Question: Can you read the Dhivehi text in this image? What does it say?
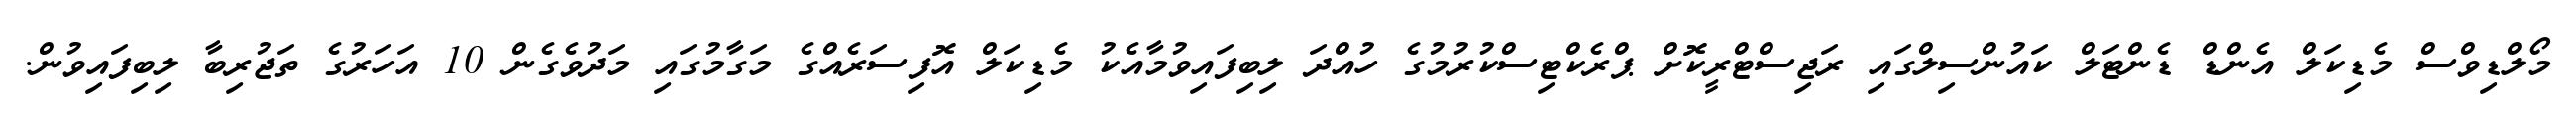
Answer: މޯލްޑިވްސް މެޑިކަލް އެންޑް ޑެންޓަލް ކައުންސިލްގައި ރަޖިސްޓްރީކޮށް ޕްރެކްޓިސްކުރުމުގެ ހުއްދަ ލިބިފައިވުމާއެކު މެޑިކަލް އޮފިސަރެއްގެ މަގާމުގައި މަދުވެގެން 10 އަހަރުގެ ތަޖުރިބާ ލިބިފައިވުން.